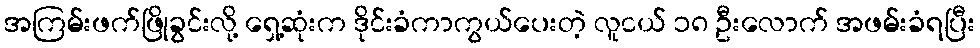
အကြမ်းဖက်ဖြိုခွင်းလို့ ရှေ့ဆုံးက ဒိုင်းခံကာကွယ်ပေးတဲ့ လူငယ် ၁၈ ဦးလောက် အဖမ်းခံရပြီး